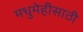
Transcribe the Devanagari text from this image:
मधुमेहीसाठी